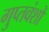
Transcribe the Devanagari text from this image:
गुप्तवंशों